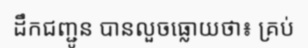
ដឹកជញ្ជូន បានលួចធ្លោយថា៖ គ្រប់